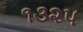
૧૩૨૫